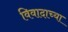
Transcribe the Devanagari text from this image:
विवादाच्या